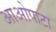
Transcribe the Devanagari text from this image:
आओपाटा